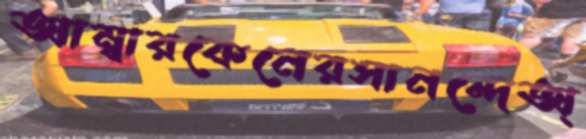
আম্বারকেনেরসানন্দেঅ্